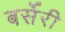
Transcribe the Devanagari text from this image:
बर्सेरी